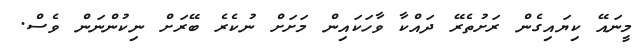
މީނައޭ ކިޔައިގެން ރަށުތެރޭ ދައްކާ ވާހަކައިން މަށަށް ނުކެރެ ބޭރަށް ނިކުންނަން ވެސް.